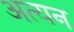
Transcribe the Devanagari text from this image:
अत्यन